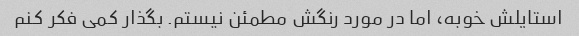
استایلش خوبه، اما در مورد رنگش مطمئن نیستم. بگذار کمی فکر کنم